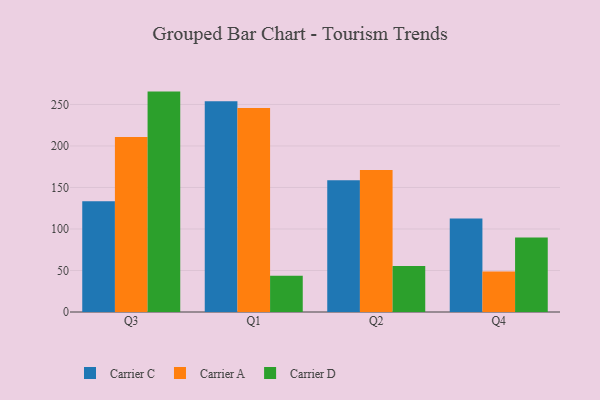
{"axis": {"x": "Quarter", "y": "Population (Million)"}, "legend": ["Carrier A", "Carrier C", "Carrier D"], "data": [{"x": "Q3", "y": 133.4, "type": "Carrier C"}, {"x": "Q3", "y": 210.8, "type": "Carrier A"}, {"x": "Q3", "y": 265.5, "type": "Carrier D"}, {"x": "Q1", "y": 254.0, "type": "Carrier C"}, {"x": "Q1", "y": 245.6, "type": "Carrier A"}, {"x": "Q1", "y": 43.8, "type": "Carrier D"}, {"x": "Q2", "y": 158.7, "type": "Carrier C"}, {"x": "Q2", "y": 171.2, "type": "Carrier A"}, {"x": "Q2", "y": 55.4, "type": "Carrier D"}, {"x": "Q4", "y": 112.7, "type": "Carrier C"}, {"x": "Q4", "y": 48.9, "type": "Carrier A"}, {"x": "Q4", "y": 89.6, "type": "Carrier D"}]}